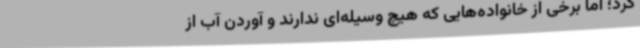
کرد؛ اما برخی از خانواده‌هایی که هیچ وسیله‌ای ندارند و آوردن آب از